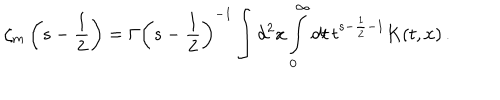
LaTeX: \zeta _ { m } \left( s - \frac 1 2 \right) = \Gamma \left( s - \frac 1 2 \right) ^ { - 1 } \int d ^ { 2 } x \int _ { 0 } ^ { \infty } d t \, t ^ { s - \frac 1 2 - 1 } K ( t , x ) \, .